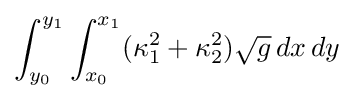
\int _{y_{0}}^{y_{1}}\int _{x_{0}}^{x_{1}}(\kappa _{1}^{2}+\kappa _{2}^{2}){\sqrt {g}}\,dx\,dy